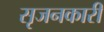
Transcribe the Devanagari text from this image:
सृजनकारी